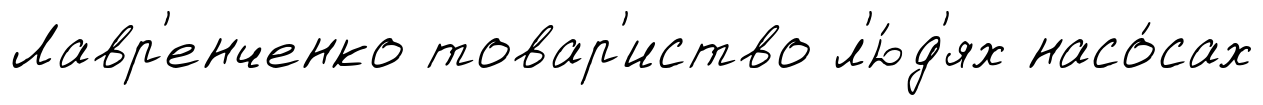
Лавр'енченко товар'иство л'ю́д'ях насо́сах